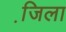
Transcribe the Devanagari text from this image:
जि़ला